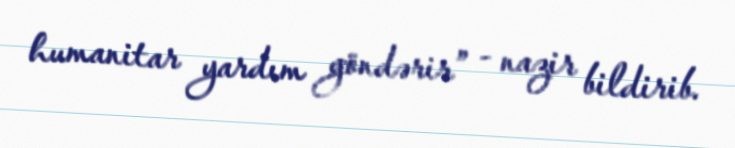
humanitar yardım göndərir” - nazir bildirib.